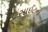
સાઈટનો